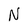
Character: N